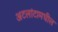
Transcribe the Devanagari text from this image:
अटलांटामधील